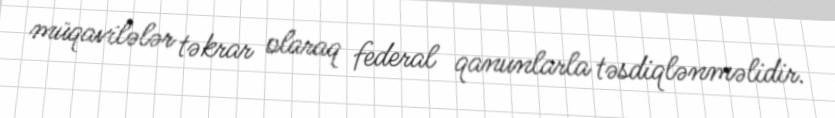
müqavilələr təkrar olaraq federal qanunlarla təsdiqlənməlidir.